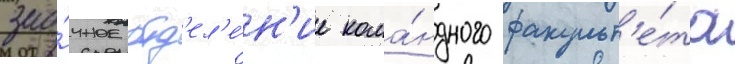
зао́чное отд'ел'е́н'ие кома́ндного факульт'е́та